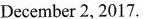
December 2, 2017.